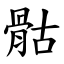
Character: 骷